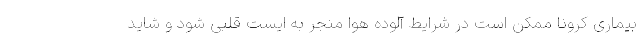
بیماری کرونا ممکن است در شرایط آلوده هوا منجر به ایست قلبی شود و شاید